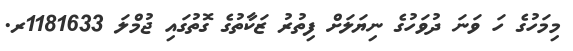
މިމަހުގެ ހަ ވަނަ ދުވަހުގެ ނިޔަލަށް ފިތުރު ޒަކާތުގެ ގޮތުގައި ޖުމްލަ 1181633ރ.